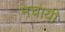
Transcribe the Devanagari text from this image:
मचायी